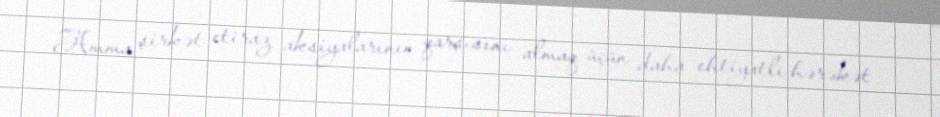
Amma şirkət etiraz aksiyalarının qarşısını almaq üçün daha ehtiyatlı hərəkət